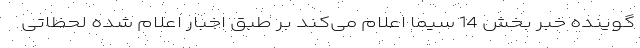
گوینده خبر بخش 14 سیما اعلام می‌کند بر طبق اخبار اعلام شده لحظاتی